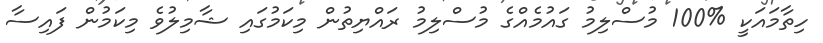
ހިތާމައަކީ %100 މުސްލިމު ގައުމެއްގެ މުސްލިމު ރައްޔިތުން މިކަމުގައި ޝާމިލުވެ މިކަމުން ފައިސާ